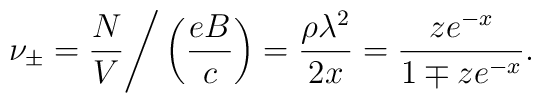
\nu_\pm = { N \over V} \Bigg / \left ( { { e B} \over c } \right ) ={ {\rho \lambda^2} \over {2 x} } = {{ z e^{-x} } \over { 1 \mp z e^{-x}}}.